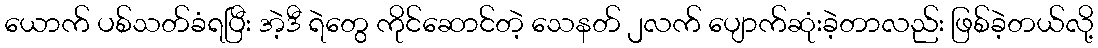
ယောက် ပစ်သတ်ခံရပြီး အဲ့ဒီ ရဲတွေ ကိုင်ဆောင်တဲ့ သေနတ် ၂လက် ပျောက်ဆုံးခဲ့တာလည်း ဖြစ်ခဲ့တယ်လို့